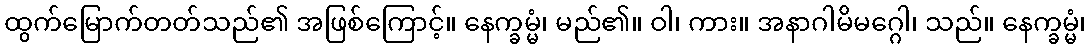
ထွက်မြောက်တတ်သည်၏ အဖြစ်ကြောင့်။ နေက္ခမ္မံ၊ မည်၏။ ဝါ၊ ကား။ အနာဂါမိမဂ္ဂေါ၊ သည်။ နေက္ခမ္မံ၊